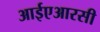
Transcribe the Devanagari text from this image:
आईएआरसी